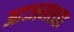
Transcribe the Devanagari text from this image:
आज्जमशहा